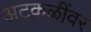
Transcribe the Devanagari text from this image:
अटकळींवर